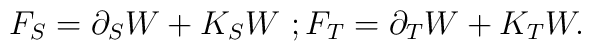
F_{S}=\partial _{S}W+K_{S}W\, \, ; F_{T}= \partial_{T}W + K_{T}W.